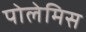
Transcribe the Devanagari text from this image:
पोलेमिस